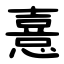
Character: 憙